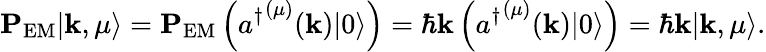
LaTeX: \mathbf{P}_{\textrm{EM}}|\mathbf{k},\mu\rangle=\mathbf{P}_{\textrm{EM}}\left({a^{\dagger}}^{(\mu)}(\mathbf{k})|0\rangle\right)=\hbar\mathbf{k}\left({a^{\dagger}}^{(\mu)}(\mathbf{k})|0\rangle\right)=\hbar\mathbf{k}|\mathbf{k},\mu\rangle.